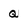
Character: Q